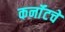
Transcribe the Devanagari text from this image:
कर्नॉटचे